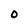
Character: 0